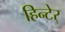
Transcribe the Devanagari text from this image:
हिन्टेर्